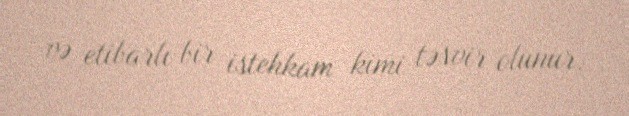
və etibarlı bir istehkam kimi təsvir olunur.